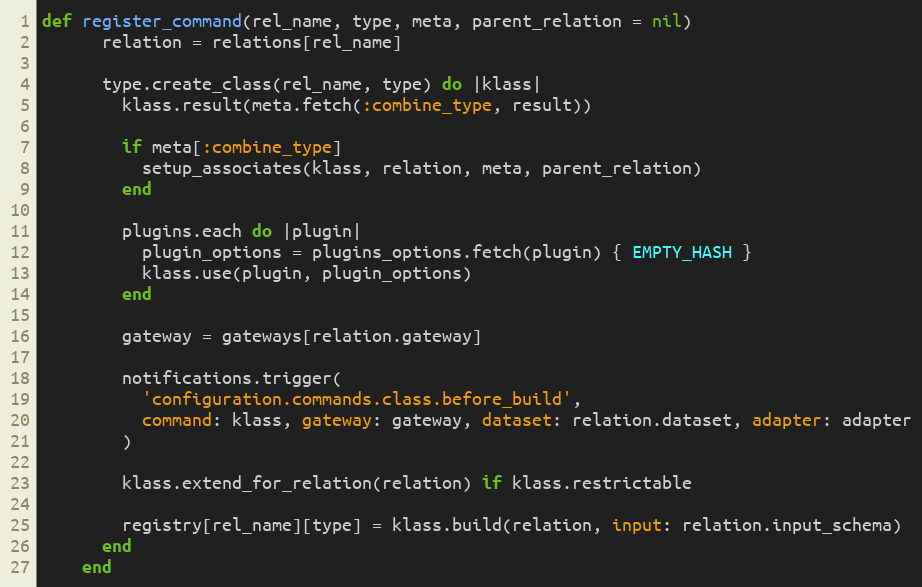
Language: Ruby
def register_command(rel_name, type, meta, parent_relation = nil)
      relation = relations[rel_name]

      type.create_class(rel_name, type) do |klass|
        klass.result(meta.fetch(:combine_type, result))

        if meta[:combine_type]
          setup_associates(klass, relation, meta, parent_relation)
        end

        plugins.each do |plugin|
          plugin_options = plugins_options.fetch(plugin) { EMPTY_HASH }
          klass.use(plugin, plugin_options)
        end

        gateway = gateways[relation.gateway]

        notifications.trigger(
          'configuration.commands.class.before_build',
          command: klass, gateway: gateway, dataset: relation.dataset, adapter: adapter
        )

        klass.extend_for_relation(relation) if klass.restrictable

        registry[rel_name][type] = klass.build(relation, input: relation.input_schema)
      end
    end